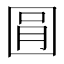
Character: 㘣